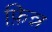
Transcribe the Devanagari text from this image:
फ़िन्न